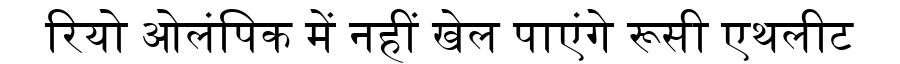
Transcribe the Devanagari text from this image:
रियो ओलंपिक में नहीं खेल पाएंगे रूसी एथलीट